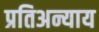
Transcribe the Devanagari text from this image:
प्रतिअन्याय